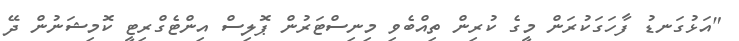
"އަޅުގަނޑު ފާހަގަކުރަން މީގެ ކުރިން ތިއްބެވި މިނިސްޓަރުން ޕޮލިސް އިންޓެގްރިޓީ ކޮމިޝަނުން ދޭ